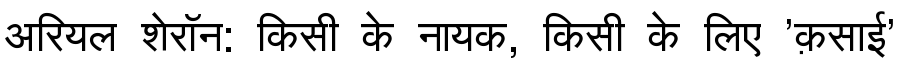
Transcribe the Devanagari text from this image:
अरियल शेरॉन: किसी के नायक, किसी के लिए 'क़साई'